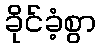
ခိုင်ခံ့စွာ